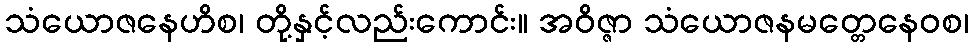
သံယောဇနေဟိစ၊ တို့နှင့်လည်းကောင်း။ အဝိဇ္ဇာ သံယောဇနမတ္တေနေဝစ၊